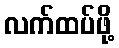
လက်ထပ်ဖို့